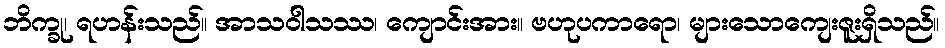
ဘိက္ခု၊ ရဟန်းသည်။ အာသဝါသဿ၊ ကျောင်းအား။ ဗဟုပကာရော၊ များသောကျေးဇူးရှိသည်။